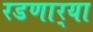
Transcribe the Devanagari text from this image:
रडणार्‍या